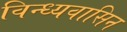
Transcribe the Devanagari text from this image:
विन्ध्यवासिन